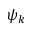
\psi _ { k }